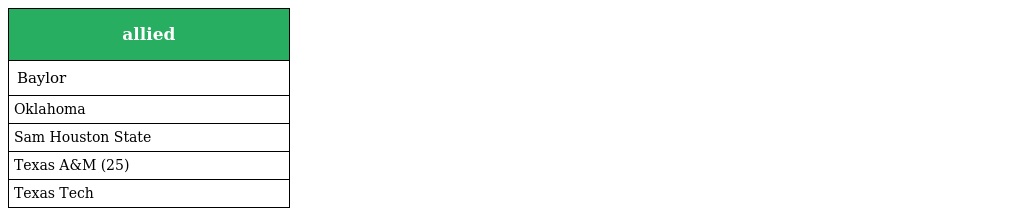
| allied |
 | --- |
 | Baylor |
 | Oklahoma |
 | Sam Houston State |
 | Texas A&M (25) |
 | Texas Tech |